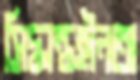
সিদ্ধান্তহীনতা